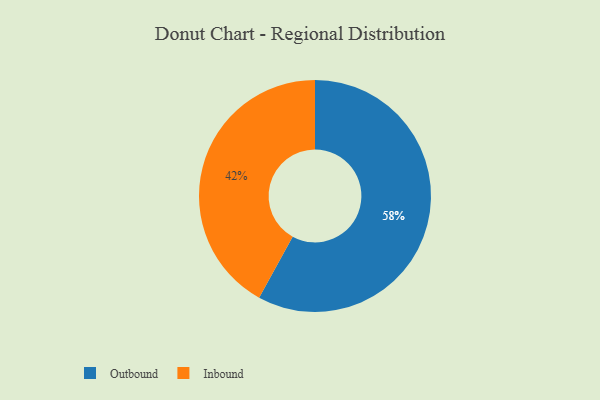
{"axis": {"x": "Category", "y": "Percentage"}, "legend": ["Inbound", "Outbound"], "data": [{"x": "Outbound", "y": 58, "type": "Outbound"}, {"x": "Inbound", "y": 42, "type": "Inbound"}]}